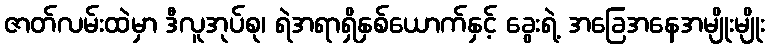
ဇာတ်လမ်းထဲမှာ ဒီလူအုပ်စု၊ ရဲအရာရှိနှစ်ယောက်နှင့် ခွေးရဲ့ အခြေအနေအမျိုးမျိုး